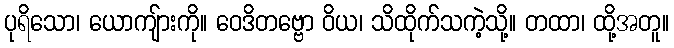
ပုရိသော၊ ယောကျ်ားကို။ ဝေဒိတဗ္ဗော ဝိယ၊ သိထိုက်သကဲ့သို့။ တထာ၊ ထို့အတူ။